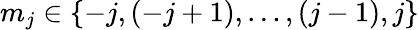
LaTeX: m_{j}\in\{ -j,(-j+1),\ldots,(j-1),j\}